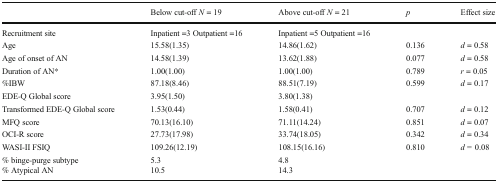
|  | Below cut-off N = 19 | Above cut-off N = 21 | p | Effect size |
 | --- | --- | --- | --- | --- |
 | Recruitment site | Inpatient =3 Outpatient =16 | Inpatient =5 Outpatient =16 |  |  |
 | Age | 15.58(1.35) | 14.86(1.62) | 0.136 | d = 0.58 |
 | Age of onset of AN | 14.58(1.39) | 13.62(1.88) | 0.077 | d = 0.58 |
 | Duration of AN* | 1.00(1.00) | 1.00(1.00) | 0.789 | r = 0.05 |
 | %IBW | 87.18(8.46) | 88.51(7.19) | 0.599 | d = 0.17 |
 | EDE-Q Global score | 3.95(1.50) | 3.80(1.38) |  |  |
 | Transformed EDE-Q Global score | 1.53(0.44) | 1.58(0.41) | 0.707 | d = 0.12 |
 | MFQ score | 70.13(16.10) | 71.11(14.24) | 0.851 | d = 0.07 |
 | OCI-R score | 27.73(17.98) | 33.74(18.05) | 0.342 | d = 0.34 |
 | WASI-II FSIQ | 109.26(12.19) | 108.15(16.16) | 0.810 | d = 0.08 |
 | % binge-purge subtype% Atypical AN | 5.310.5 | 4.814.3 |  |  |